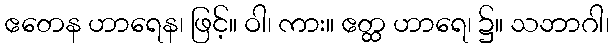
ဧတေန ဟာရေန၊ ဖြင့်။ ဝါ၊ ကား။ ဧတ္ထ ဟာရေ၊ ၌။ သဘာဂါ၊